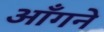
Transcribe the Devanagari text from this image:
आँगने